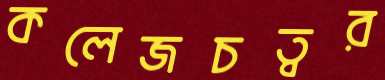
কলেজচত্বর